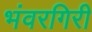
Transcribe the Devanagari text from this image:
भंवरगिरी